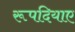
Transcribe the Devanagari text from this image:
रूपदियाए